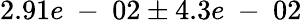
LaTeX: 2.91e\mathrm{~-~}02\pm 4.3e\mathrm{~-~}02